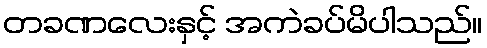
တခဏလေးနှင့် အကဲခပ်မိပါသည်။